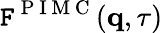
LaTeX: \mathtt{F}^{\mathrm{{~P~I~M~C~}}}(\mathbf{{q}},\tau)